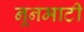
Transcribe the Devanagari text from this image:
नूनमाटी